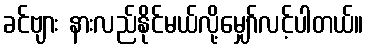
ခင်ဗျား နားလည်နိုင်မယ်လို့မျှော်လင့်ပါတယ်။